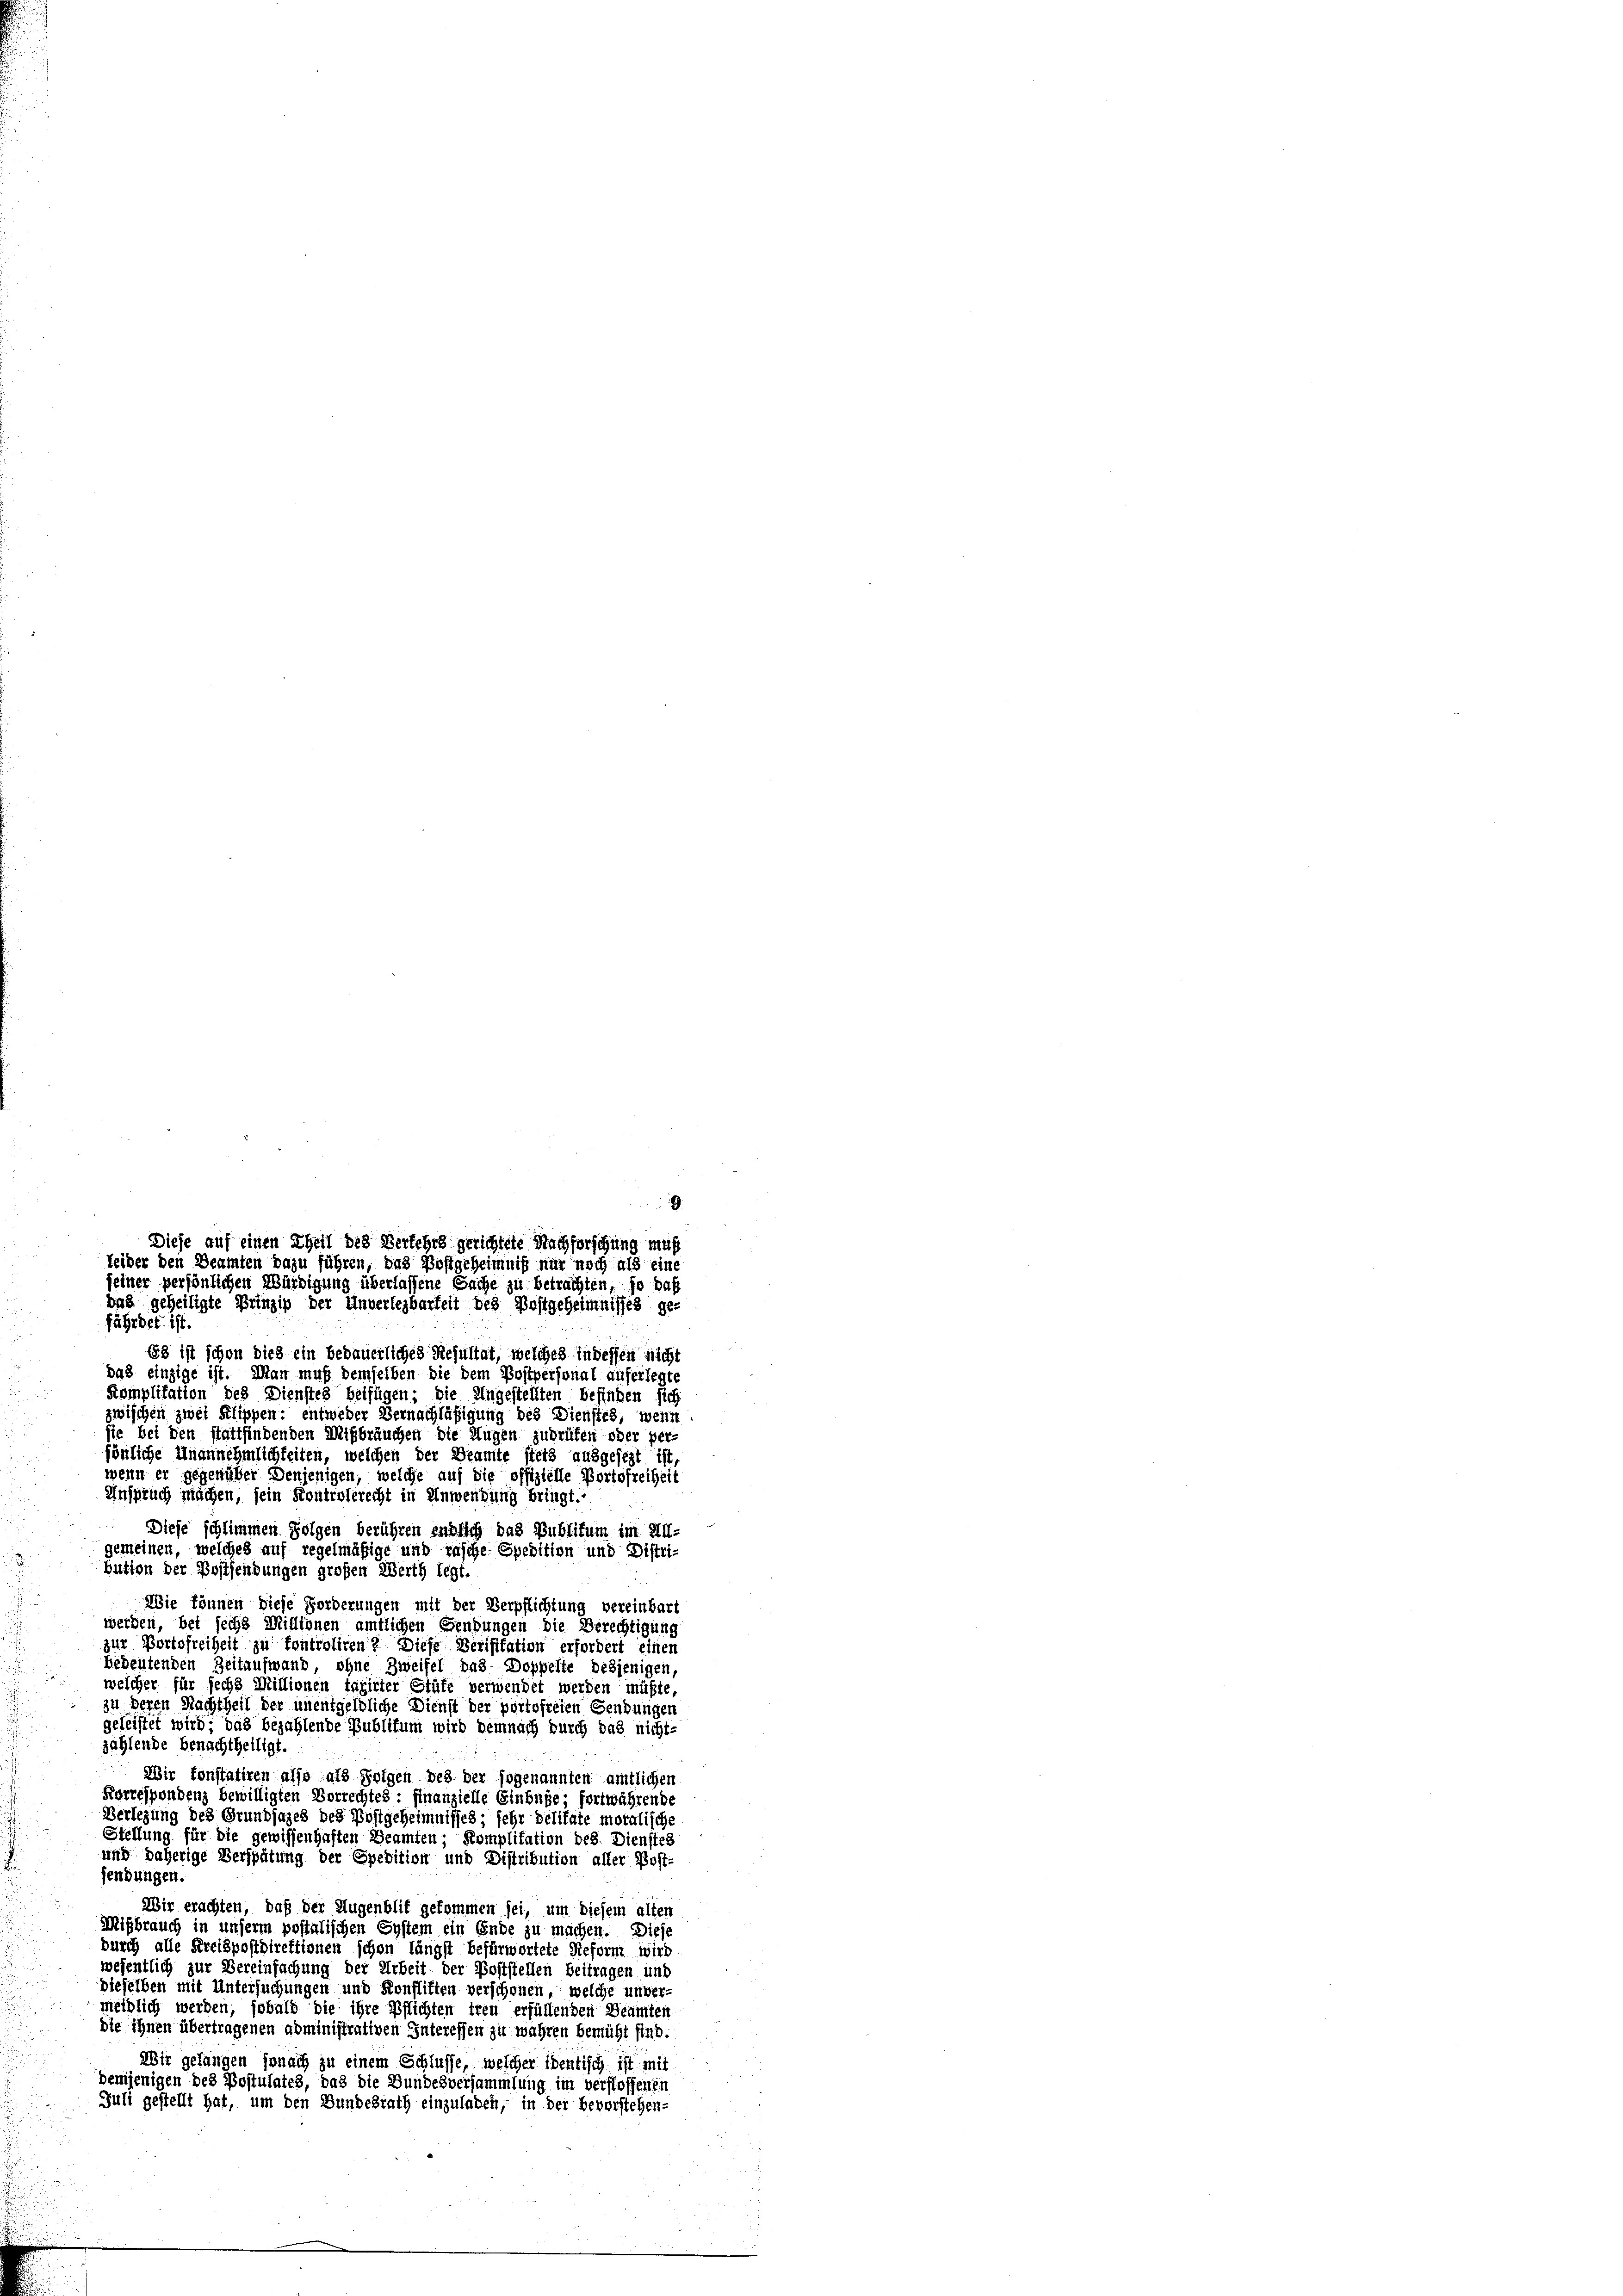
fährdet ist.
Es ist schon dies ein bedauerliches Resultat, welches in dessen nicht
das einzige ist. Man muß demselben die dem Postpersonal auferlegte
Komplitation des Dienstes beifügen; die Angestellten befinden sich
zwischen zwei Klippen: entweder Vernachläßigung des Dienstes, wenn
sie bei den stattfindenden Mißbräuchen die Augen zudrüfen oder per-
sönliche Unannehmlichkeiten, welchen der Beamte stets ausgesezt ist
wenn er gegenüber denjenigen, welche auf die offizielle Portofreiheit
Anspruch machen, sein Kontrolerecht in Anwendung bringt.
Diese schlimmen Folgen berühren endlich das Publikum im II.
gemeinen, welches auf regelmäßige und rasche Spedition und Distribution der Postsendungen großen Werth legt.
Wie können diese Forderungen mit der Verpflichtung vereinbart
werden, bei sechs Millionen amtlichen Sendungen die Berechtigung
zur Portofreiheit zu fontroliren? Diese Verifikation erfordert einen
bedeutenden Zeitaufwand, ohne Zweifel das Doppelte desjenigen,
welcher für sechs Millionen taxirter Stüfe verwendet werden müßte,
zu deren Nachtheil der unentgeldliche Dienst der portofreien Gendungen
geleistet wird; das bezahlende Publifum wird demnach durch das nicht-
zahlende Benachtheiligt
Wir konstatiren also als Folgen des der sogenannten amtlichen
Korrespondenz bewilligten Vorrechtes: Finanzielle Einbuge; fortwährende
Verlegung des Grundsazes des Postgeheimnisses; sehr delitate moralische
Stellung für die gewissenhaften Beamten; Komplitation des Diensteh
und daherige Verspätung der Spedition und Distribution aller Post-
sendungen
Wir erachten, daß der Augenblif gekommen sei, um diesem alten
Mißbrauch in unserm postalischen System ein Ende zu machen. Diese
durch alle Kreispostdirektionen schon längst befürwortete Reform wird
wesentlich zur Vereinfachung der Arbeit der Poststellen beitragen und
dieselben mit Untersuchungen und Konfliften verschonen, welche unvermeiblich werden, sobald die ihre Pflichten treu erfüllenden Beamten
die ihnen übertragenen abministrativen Interessen zu wahren bemüht sind.
Wir gelangen sonach zu einem Schlüsse, welcher identisch ist mit
demjenigen des Postulates, das die Bundesversammlung im verflossenen
Juli gestellt hat, um den Bundesrath einzuladen, in der bevorstehen-

9
Diese auf einen Theil des Verkehrs gerichtete Nachforschung muß
Leiber den Beamten dazu führen, das Postgeheimniß nur noch als eine
jeiner persönlichen Würdigung überlassene Sache zu betrachten, so daß
bas geheiligte Prinzip der Unverlegbarkeit des Postgeheimnisses ge-